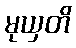
မုယှတိ